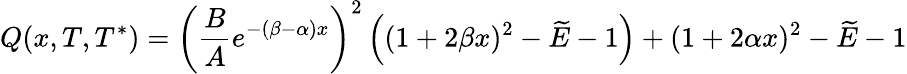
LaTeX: {Q(x,T,T^{*})={\left({\frac{B}{A}}e^{-(\beta-\alpha)x}\right)}^{2}\left((1+2\beta x)^{2}-\widetilde{E}-1\right)+(1+2\alpha x)^{2}-\widetilde{E}-1}